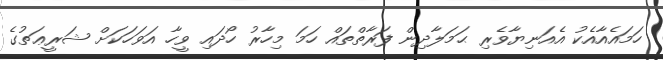
ހަމައެއާއެކު އެއަނިޔާވެރި ޙަމަލާދިން ފަރާތްތައް ހަމަ މިހާރު ހޯދައި ވީހާ އަވަހަކަށް ޝަރީޢަތުގެ